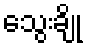
သွေးချို